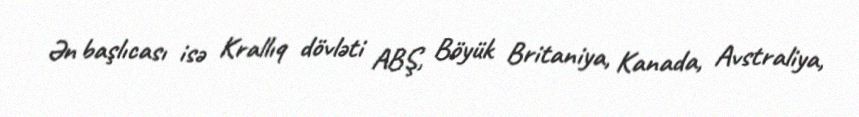
Ən başlıcası isə Krallıq dövləti ABŞ, Böyük Britaniya, Kanada, Avstraliya,